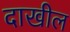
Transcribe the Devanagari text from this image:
दाखील